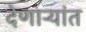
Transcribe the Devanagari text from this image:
देणाऱ्यांत